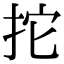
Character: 拕